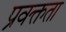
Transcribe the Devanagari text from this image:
प्रवक्तता